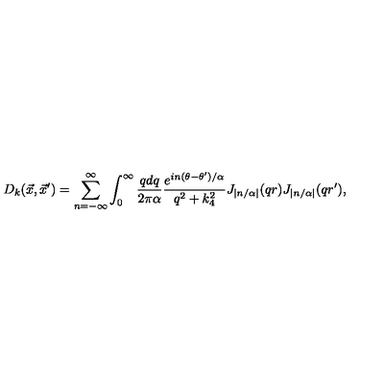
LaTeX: D _ { k } ( { \vec { x } } , { \vec { x } ^ { \prime } } ) = \sum _ { n = - \infty } ^ { \infty } \int _ { 0 } ^ { \infty } { \frac { q d q } { 2 \pi \alpha } } { \frac { e ^ { i n ( \theta - \theta ^ { \prime } ) / \alpha } } { q ^ { 2 } + k _ { 4 } ^ { 2 } } } J _ { \left| n / \alpha \right| } ( q r ) J _ { \left| n / \alpha \right| } ( q r ^ { \prime } ) ,